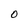
Character: O